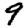
Digit: 9